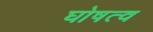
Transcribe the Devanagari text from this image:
घोषत्व